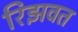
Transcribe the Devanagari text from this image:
रिझवत